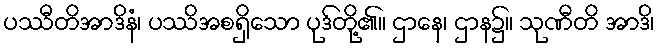
ပဿီတိအာဒိနံ၊ ပဿိအစရှိသော ပုဒ်တို့၏။ ဌာနေ၊ ဌာန၌။ သုဏီတိ အာဒိ၊